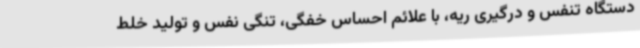
دستگاه تنفس و درگیری ریه، با علائم احساس خفگی، تنگی نفس و تولید خلط